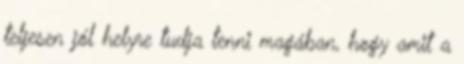
teljesen jól helyre tudja tenni magában, hogy amit a